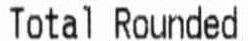
TOTAL ROUNDED